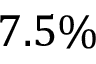
7 . 5 \%